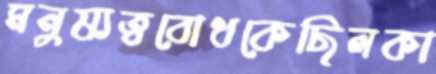
মনুষ্যত্ববোধকেছিলকা